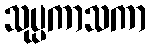
သုပ္ပကာသကာ